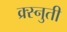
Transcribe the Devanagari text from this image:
क्र्स्नुती